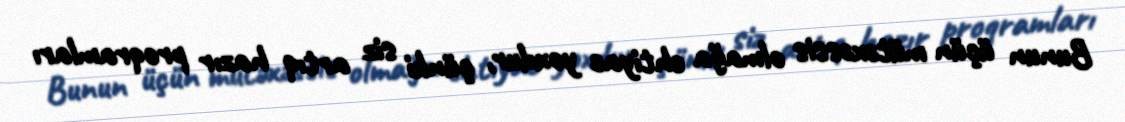
Bunun üçün mütəxəssis olmağa ehtiyac yoxdur, çünki siz artıq hazır proqramları